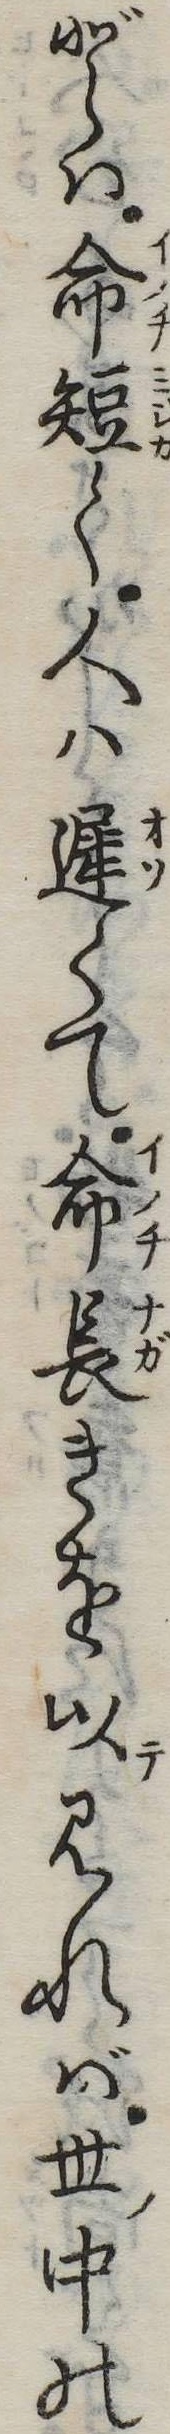
どは命短く人は遅くて命長きを以見れば世中の